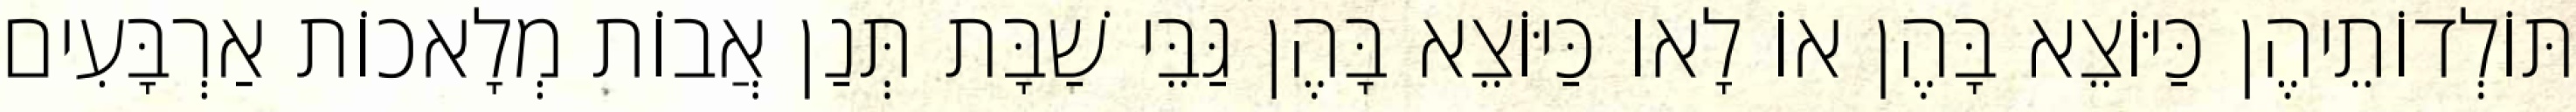
תּוֹלְדוֹתֵיהֶן כַּיּוֹצֵא בָּהֶן אוֹ לָאו כַּיּוֹצֵא בָּהֶן גַּבֵּי שַׁבָּת תְּנַן אֲבוֹת מְלָאכוֹת אַרְבָּעִים